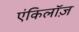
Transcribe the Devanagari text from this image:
एंकिलॉज़